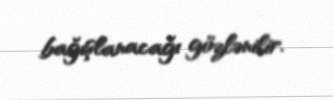
bağışlanacağı gözlənilir.